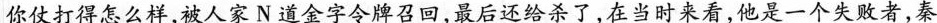
你仗打得怎么样，被人家N道金字令牌召回，最后还给杀了，在当时来看，他是一个失败者，秦